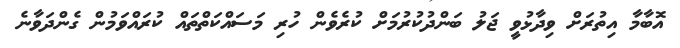
އޮބާމާ އިތުރަށް ވިދާޅުވީ ޖަލު ބަންދުކުރުމަށް ކުރެވެން ހުރި މަސައްކަތްތައް ކުރައްވަމުން ގެންދަވާނެ